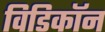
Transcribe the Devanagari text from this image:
विडिकॉन